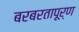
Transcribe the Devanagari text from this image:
बरबरतापूर्ण